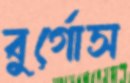
বুর্গোস